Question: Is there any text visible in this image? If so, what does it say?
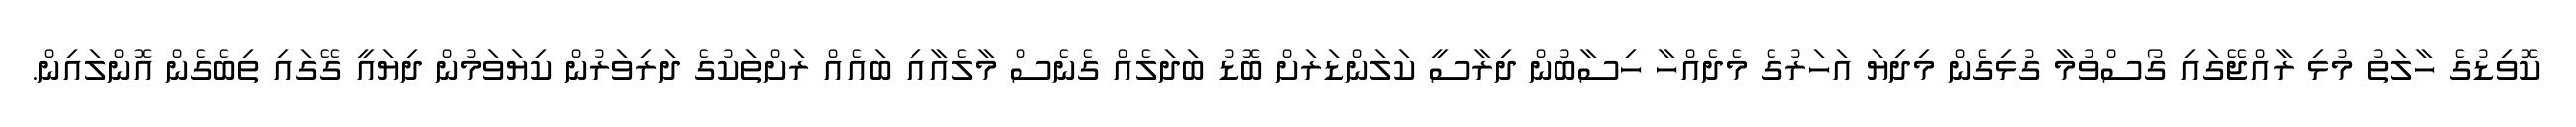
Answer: ކޮވިޑުގެ ހާލަތު މުޅި ރާއްޖޭގައި ގޯސްވުމާ ގުޅިގެން މިދިޔަ އަހަރުގެ މެދެއްހާ ހިސާބުން ދިރާސީ ކަލަންޑަރަށް ބޮޑު ބަދަލެއް ގެނެސް މާލެއާއި ބައެއް ރަށްތަކުގެ ދަރިވަރުން ކިޔަވަމުން ދިޔައީ ގޭގައި ތިބެގެން އޮންލައިން.